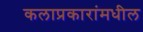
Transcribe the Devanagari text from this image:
कलाप्रकारांमधील